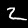
Digit: 2